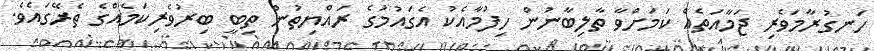
ހަނގުރާމަވެރި ޖަމާއަތެއް ކަމަށްވާ ތާލިބާނުން ހިފުމާއެކު އެގައުމުގެ ރައްޔިތުން ތިބީ ބިރުވެރިކަމެއްގެ ތެރޭގައެވެ.